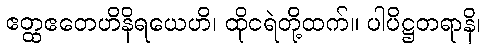
ဧတ္ထဧတေဟိနိရယေဟိ၊ ထိုငရဲတို့ထက်။ ပါပိဋ္ဌတရာနိ၊